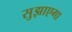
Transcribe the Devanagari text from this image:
सुझाएगा